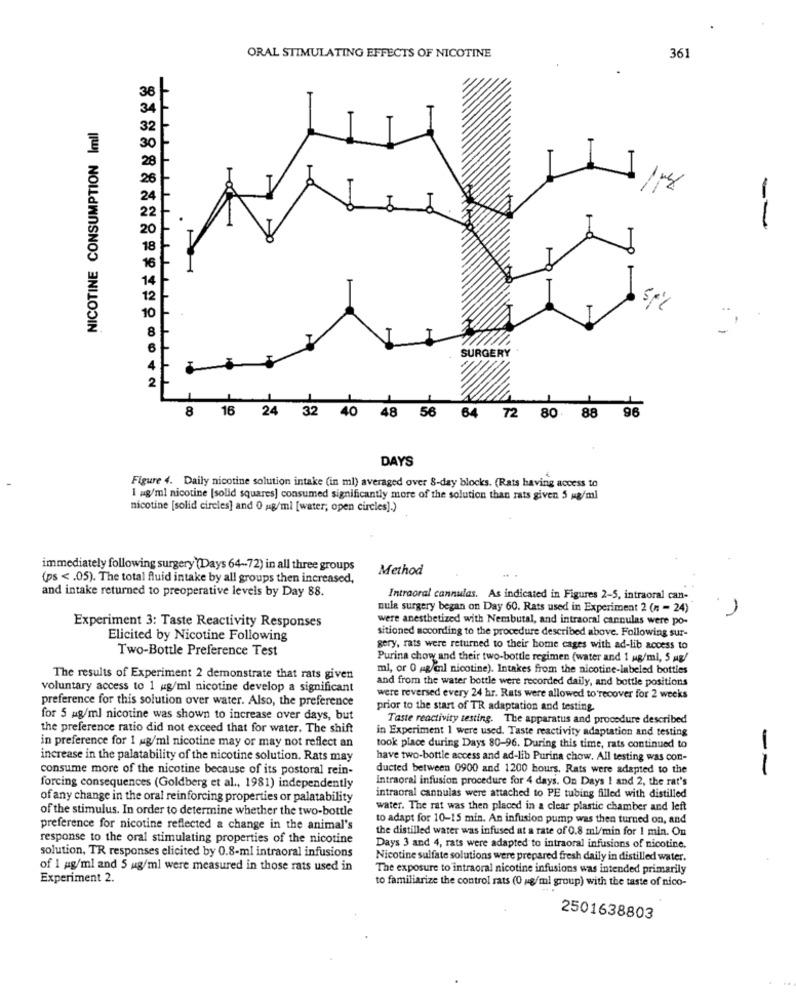
361
ORAL STIMULATING EFFECTS OF NICOTINE
36
NICOTINE CONSUMPTION Imll
--
SURGERY
8 16 24 32 40
48 56 64 72 80 88 96
DAYS
Figure 4. Daily nicotine solution intake (in ml) averaged over 8-day blocks. (Rats having access to
I mg/ml nicotine [solid squares] consumed significantly more of the solution than rats given 5 Mg/ml
nicotine [solid circles] and 0 ng/ml [water, open circles].)
immediately following surgery (Days 64 -- 72) in all three groups
Method
(ps < . 05). The total fluid intake by all groups then increased,
and intake returned to preoperative levels by Day 88.
Intraoral cannulas. As indicated in Figures 2-5, intraoral can-
nule surgery began on Day 60. Rats used in Experiment 2 (n = 24)
Experiment 3: Taste Reactivity Responses
were anestbetized with Nembutal, and intraoral cannulas were po-
sitioned according to the procedure described above. Following sur-
Elicited by Nicotine Following
Two-Bottle Preference Test
gery, rats were returned to their home cages with ad-lib access to
Purina chow and their two-bottle regimen (water and 1 ug/ml, 5 g/
mi, or 0 g/ml nicotine). Intakes from the nicotine-labeled bottles
The results of Experiment 2 demonstrate that rats given
and from the water bottle were recorded daily, and bottle positions
voluntary access to 1 g/ml nicotine develop a significant
preference for this solution over water. Also, the preference
were reversed every 24 hr. Rats were allowed to recover for 2 weeks
prior to the start of TR adaptation and testing
for 5 mg/ml nicotine was shown to increase over days, but
Taste reactivity testing. The apparatus and procedure described
the preference ratio did not exceed that for water. The shift
in Experiment 1 were used. Taste reactivity adaptation and testing
in preference for 1 mg/ml nicotine may or may not reflect an
took place during Days 80-96. During this time, rats continued to
increase in the palatability of the nicotine solution. Rats may
have two-bottle access and ad-lib Purina chow. All testing was con-
consume more of the nicotine because of its postoral rein-
ducted between 0900 and 1200 hours. Rats were adapted to the
--
Intraoral infusion procedure for 4 days. On Days 1 and 2, the rat's
forcing consequences (Goldberg et al ., 1981) independently
of any change in the oral reinforcing properties or palatability
intraoral cannulas were attached to PE tubing filled with distilled
of the stimulus. In order to determine whether the two-bottle
water. The rat was then placed in a clear plastic chamber and left
to adapt for 10-15 min. An infusion pump was then turned on, and
preference for nicotine reflected a change in the animal's
the distilled water was infused at a rate of 0.8 ml/min for 1 min. On
response to the oral stimulating properties of the nicotine
solution, TR responses elicited by 0.8-ml intraoral infusions
Days 3 and 4, rats were adapted to intraoral infusions of nicotine.
Nicotine sulfate solutions were prepared fresh daily in distilled water.
of 1 pg/ml and 5 ug/ml were measured in those rats used in
The exposure to intraoral nicotine infusions was intended primarily
Experiment 2.
to familiarize the control rats (0 mg/ml group) with the taste of nico-
2501638803